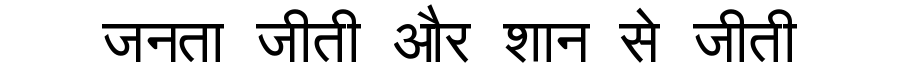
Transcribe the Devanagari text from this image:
जनता जीती और शान से जीती